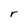
Character: r